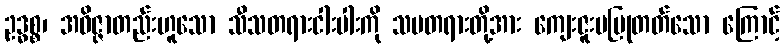
ဥဒ္ဓစ္စ၊ အဝိဇ္ဇာတည်းဟူသော သီသတရားငါးပါးကို သမတရားတို့အား ကျေးဇူးမပြုတတ်သော ကြောင့်